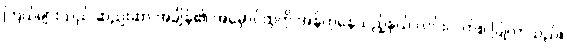
ကြယ်များသည် ဆည်းဆာ အချိန်၏ အမှောင်ထုကို အန်တုနေသည့်နှယ် လင်းလက်စ ပြုလာသည်။